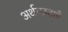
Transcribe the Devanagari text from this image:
अर्थच्छटाएँ